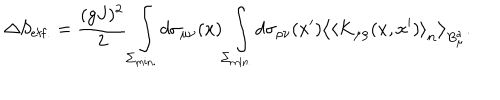
\Delta S _ { \mathrm { e f f . } } = \frac { ( g J ) ^ { 2 } } { 2 } \int _ { \Sigma _ { \mathrm { m i n . } } } ^ { } d \sigma _ { \mu \nu } ( x ) \int _ { \Sigma _ { \mathrm { m i n . } } } ^ { } d \sigma _ { \rho \nu } ( x ^ { \prime } ) \left< \left< K _ { \mu \rho } ( x , x ^ { \prime } ) \right> _ { \bf n } \right> _ { B _ { \mu } ^ { a } } .